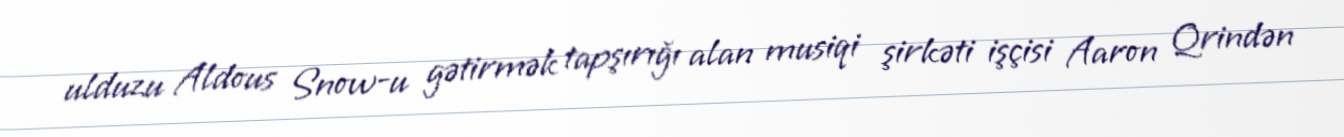
ulduzu Aldous Snow-u gətirmək tapşırığı alan musiqi şirkəti işçisi Aaron Qrindən